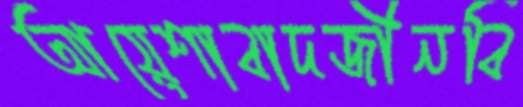
আয়েশাবাদজীনবি